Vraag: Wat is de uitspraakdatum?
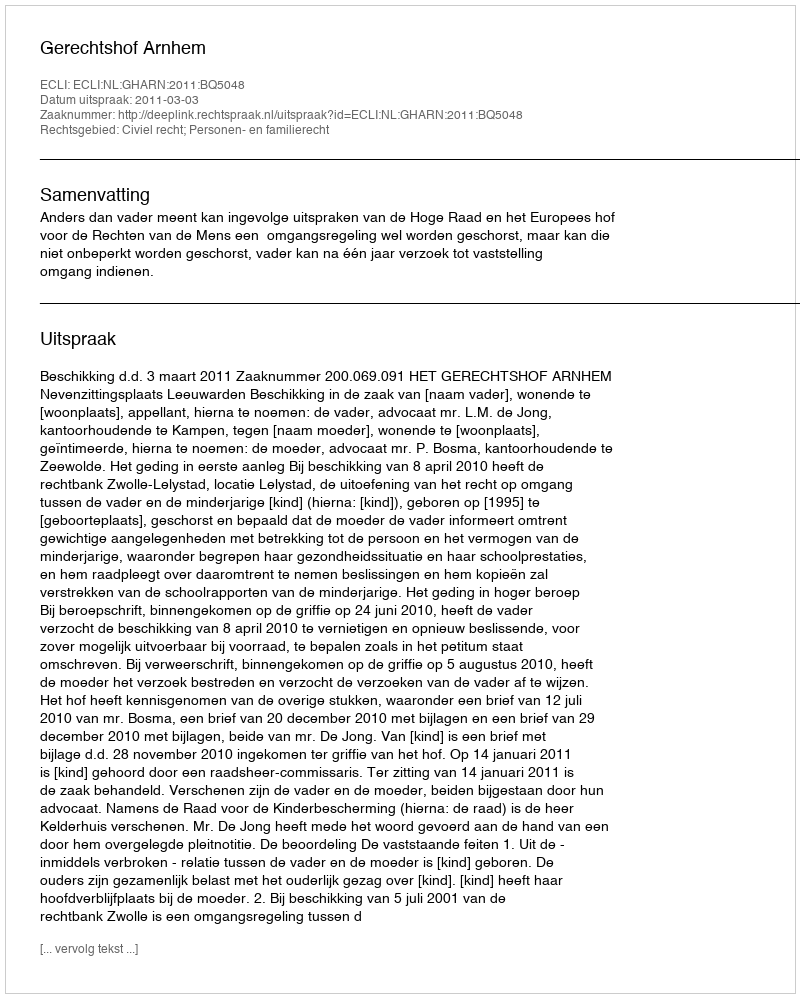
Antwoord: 2011-03-03